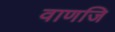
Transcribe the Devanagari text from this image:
वाणजि